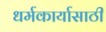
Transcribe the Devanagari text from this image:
धर्मकार्यासाठी